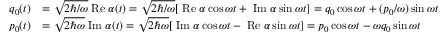
\begin{array} { r l } { q _ { 0 } ( t ) } & { = \sqrt { 2 \hbar / \omega } \mathrm { \; R e } \; \alpha ( t ) = \sqrt { 2 \hbar / \omega } [ \mathrm { \; R e } \; \alpha \cos \omega t + \mathrm { \; I m } \; \alpha \sin \omega t ] = q _ { 0 } \cos \omega t + ( p _ { 0 } / \omega ) \sin \omega t } \\ { p _ { 0 } ( t ) } & { = \sqrt { 2 \hbar \omega } \mathrm { \; I m } \; \alpha ( t ) = \sqrt { 2 \hbar \omega } [ \mathrm { \; I m } \; \alpha \cos \omega t - \mathrm { \; R e } \; \alpha \sin \omega t ] = p _ { 0 } \cos \omega t - \omega q _ { 0 } \sin \omega t } \end{array}